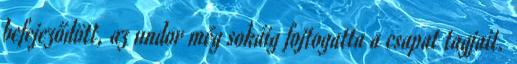
befejeződött, az undor még sokáig fojtogatta a csapat tagjait.